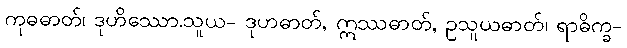
ကုဓဓာတ်၊ ဒုဟိဿော.သူယ- ဒုဟဓာတ်, ဣဿဓာတ်, ဥသူယဓာတ်၊ ရာဓိက္ခ-